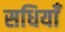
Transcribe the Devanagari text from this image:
सधियाँ